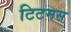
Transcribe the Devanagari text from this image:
टिटमस